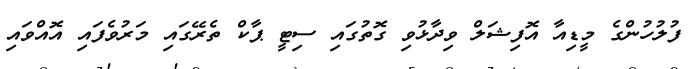
ފުލުހުންގެ މީޑިއާ އޮފިޝަލް ވިދާޅުވި ގޮތުގައި ސިޓީ ޕާކް ތެރޭގައި މަރުވެފައި އޮއްވައި